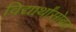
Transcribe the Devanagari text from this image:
विद्यार्थांसोबत